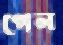
পেল